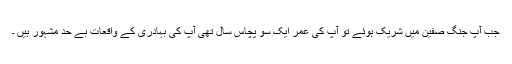
جب آپ جنگ صفین میں شریک ہوئے تو آپ کی عمر ایک سو پچاس سال تھی آپ کی بہادری کے واقعات بے حد مشہور ہیں ۔